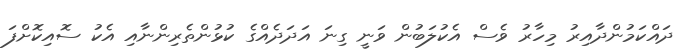
ދައްކަމުންދާއިރު މިހާރު ވެސް އެކުލަބުން ވަނީ ގިނަ އަދަދެއްގެ ކުޅުންތެރިންނާއި އެކު ސޮއިކޮށްފަ